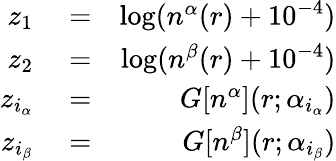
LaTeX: \begin{array}{rlr}{z_{1}}&{{}=}&{\log(n^{\alpha}(r)+10^{-4})}\\ {z_{2}}&{{}=}&{\log(n^{\beta}(r)+10^{-4})}\\ {z_{i_{\alpha}}}&{{}=}&{G[n^{\alpha}](r;\alpha_{i_{\alpha}})}\\ {z_{i_{\beta}}}&{{}=}&{G[n^{\beta}](r;\alpha_{i_{\beta}})}\end{array}